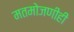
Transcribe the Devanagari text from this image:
मतमोजणीही